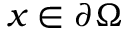
x \in \partial \Omega